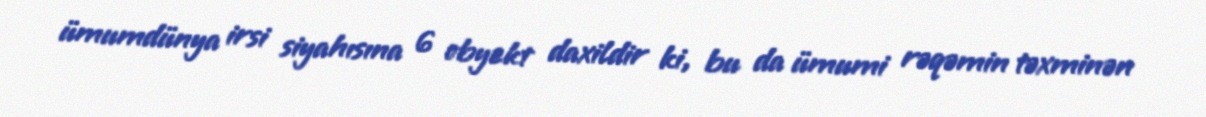
ümumdünya irsi siyahısına 6 obyekt daxildir ki, bu da ümumi rəqəmin təxminən